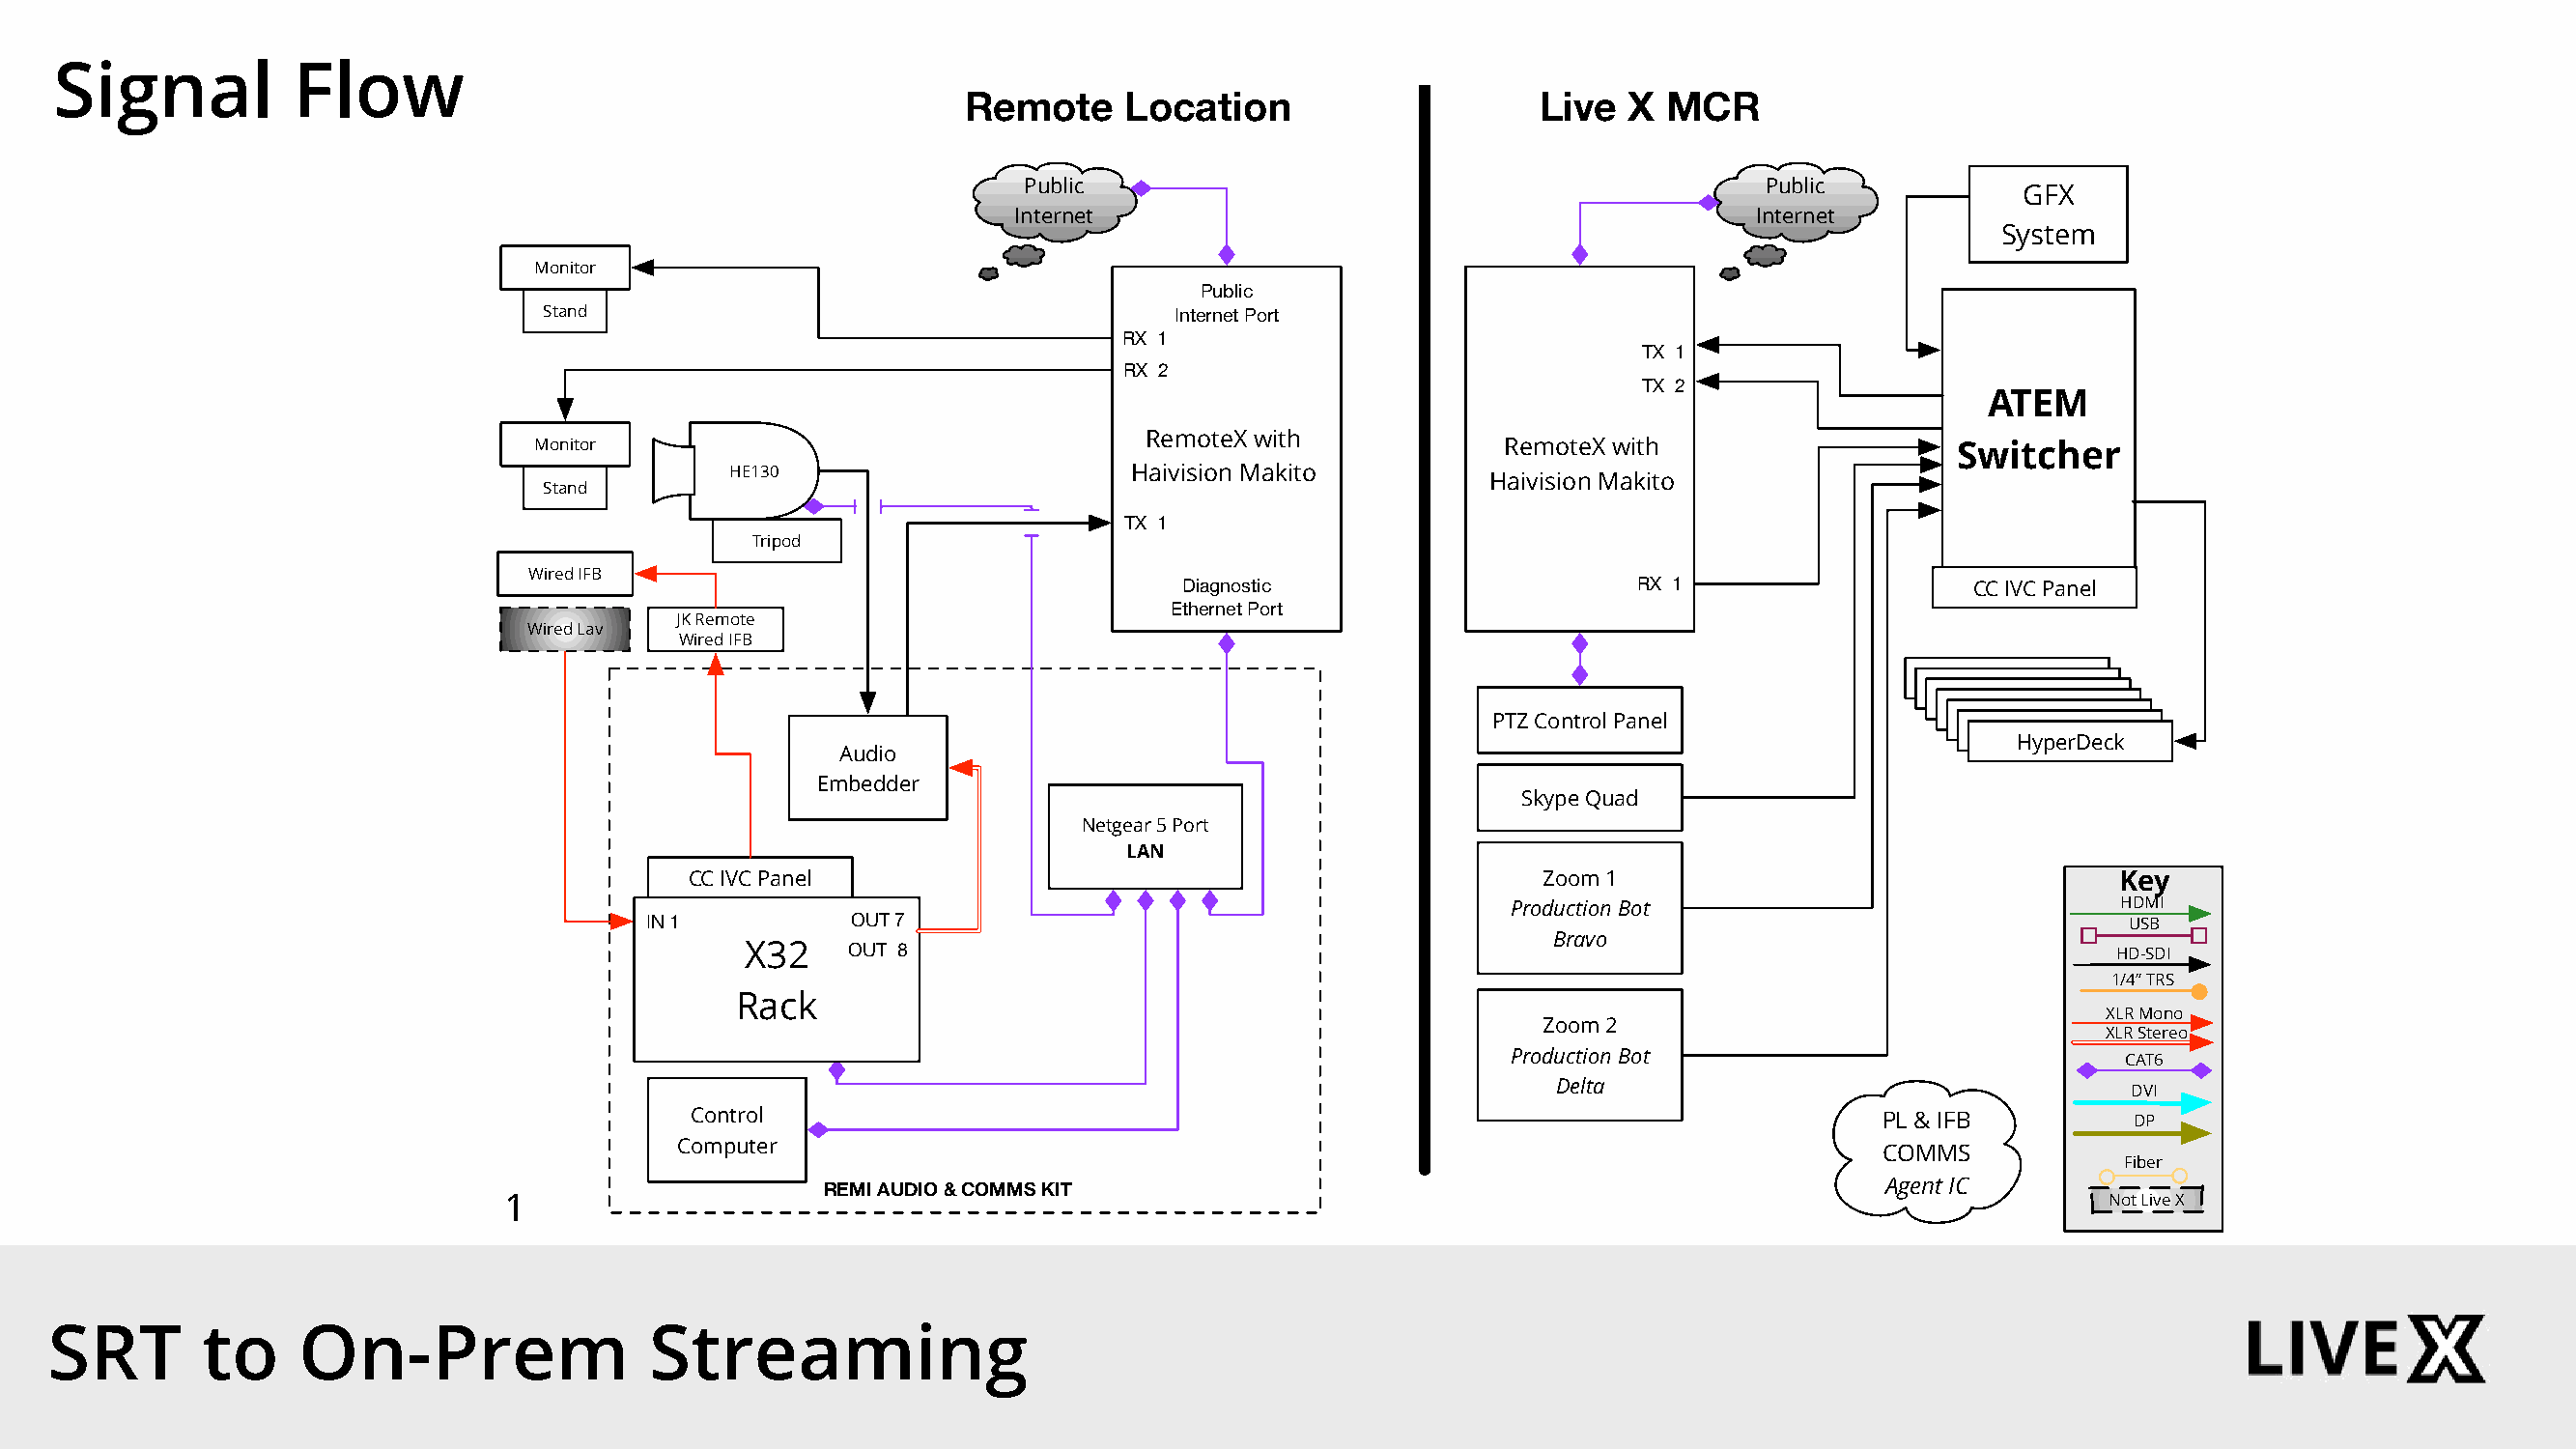
Tamron      Hall  Remote     Workflow
 Thu May 28 2020 v1.1
 Signal          Flow
 Remote     Location                    Live   X MCR
 Public                                             Public
 GFX
 Internet                                          Internet
 System
 Monitor
 Public
 Stand                                      Internet Port
 RX 1
 TX 1
 RX 2
 TX 2
 ATEM
 Azzurro
 RemoteX with
 Monitor                                 Azzurro    TX             RemoteX with                   Switcher
 HE130                      Haivision Makito         Pin  Bridge
 Haivision Makito
 Stand
 TX 1
 Tripod
 Wired IFB
 Diagnostic                     RX 1                   CC IVC Panel
 Ethernet Port
 JK Remote
 Wired Lav
 Wired IFB
 HyperDeck
 HyperDeck
 HyperDeck
 PTZ Control Panel                  HyperDeck
 HyperDeck
 HyperDeck
 Audio
 Embedder
 Skype Quad
 Netgear 5 Port
 LAN
 CC IVC Panel                                               Zoom 1                                 Key
 Production Bot                           HDMI
 IN 1          OUT 7                                                                                   USB
 Bravo
 X32    OUT 8                                                                                  HD-SDI
 1/4” TRS
 Rack
 XLR Mono
 Zoom 2
 XLR Stereo
 Production Bot                            CAT6
 Delta                                  DVI
 Control                                                                           PL & IFB         DP
 Computer
 COMMS
 Fiber
 REMI AUDIO & COMMS KIT                                                   Agent IC
 1                                                                                                             Not Live X
 SRT        to    On-Prem                 Streaming